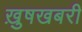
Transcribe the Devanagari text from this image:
ख़ुषखबरी